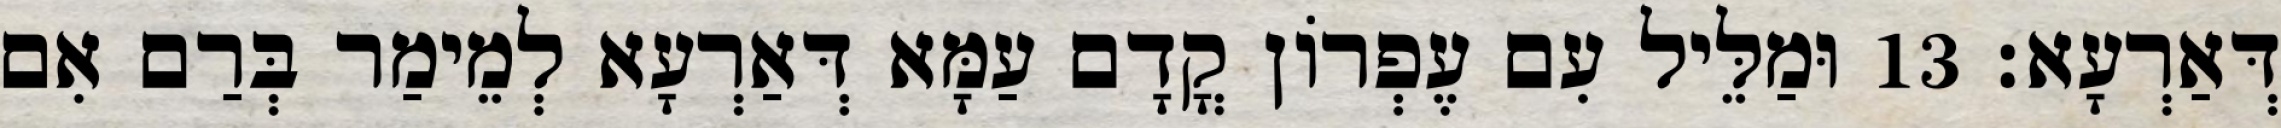
דְּאַרְעָא׃ 13 וּמַלֵּיל עִם עֶפְרוֹן קֳדָם עַמָּא דְּאַרְעָא לְמֵימַר בְּרַם אִם